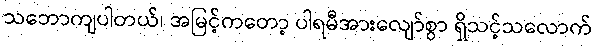
သဘောကျပါတယ်၊ အမြင့်ကတော့ ပါရမီအားလျော်စွာ ရှိသင့်သလောက်